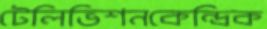
টেলিভিশনকেন্দ্রিক